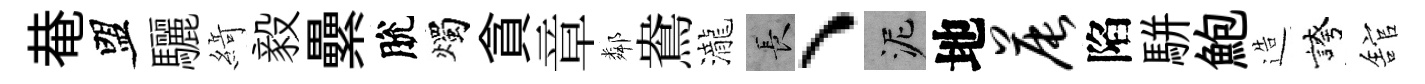
𤲅盟驪𦂶毅纍脫燭貪章鄰鴦瀧长、泥地晨陷駢鮑造誇舘